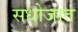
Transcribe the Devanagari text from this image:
सधोजात